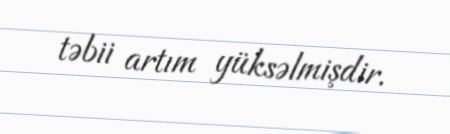
təbii artım yüksəlmişdir.